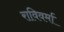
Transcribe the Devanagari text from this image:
राविवर्मा